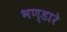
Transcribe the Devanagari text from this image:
भण्‍डारे